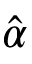
\hat { \alpha }